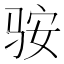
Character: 䯃